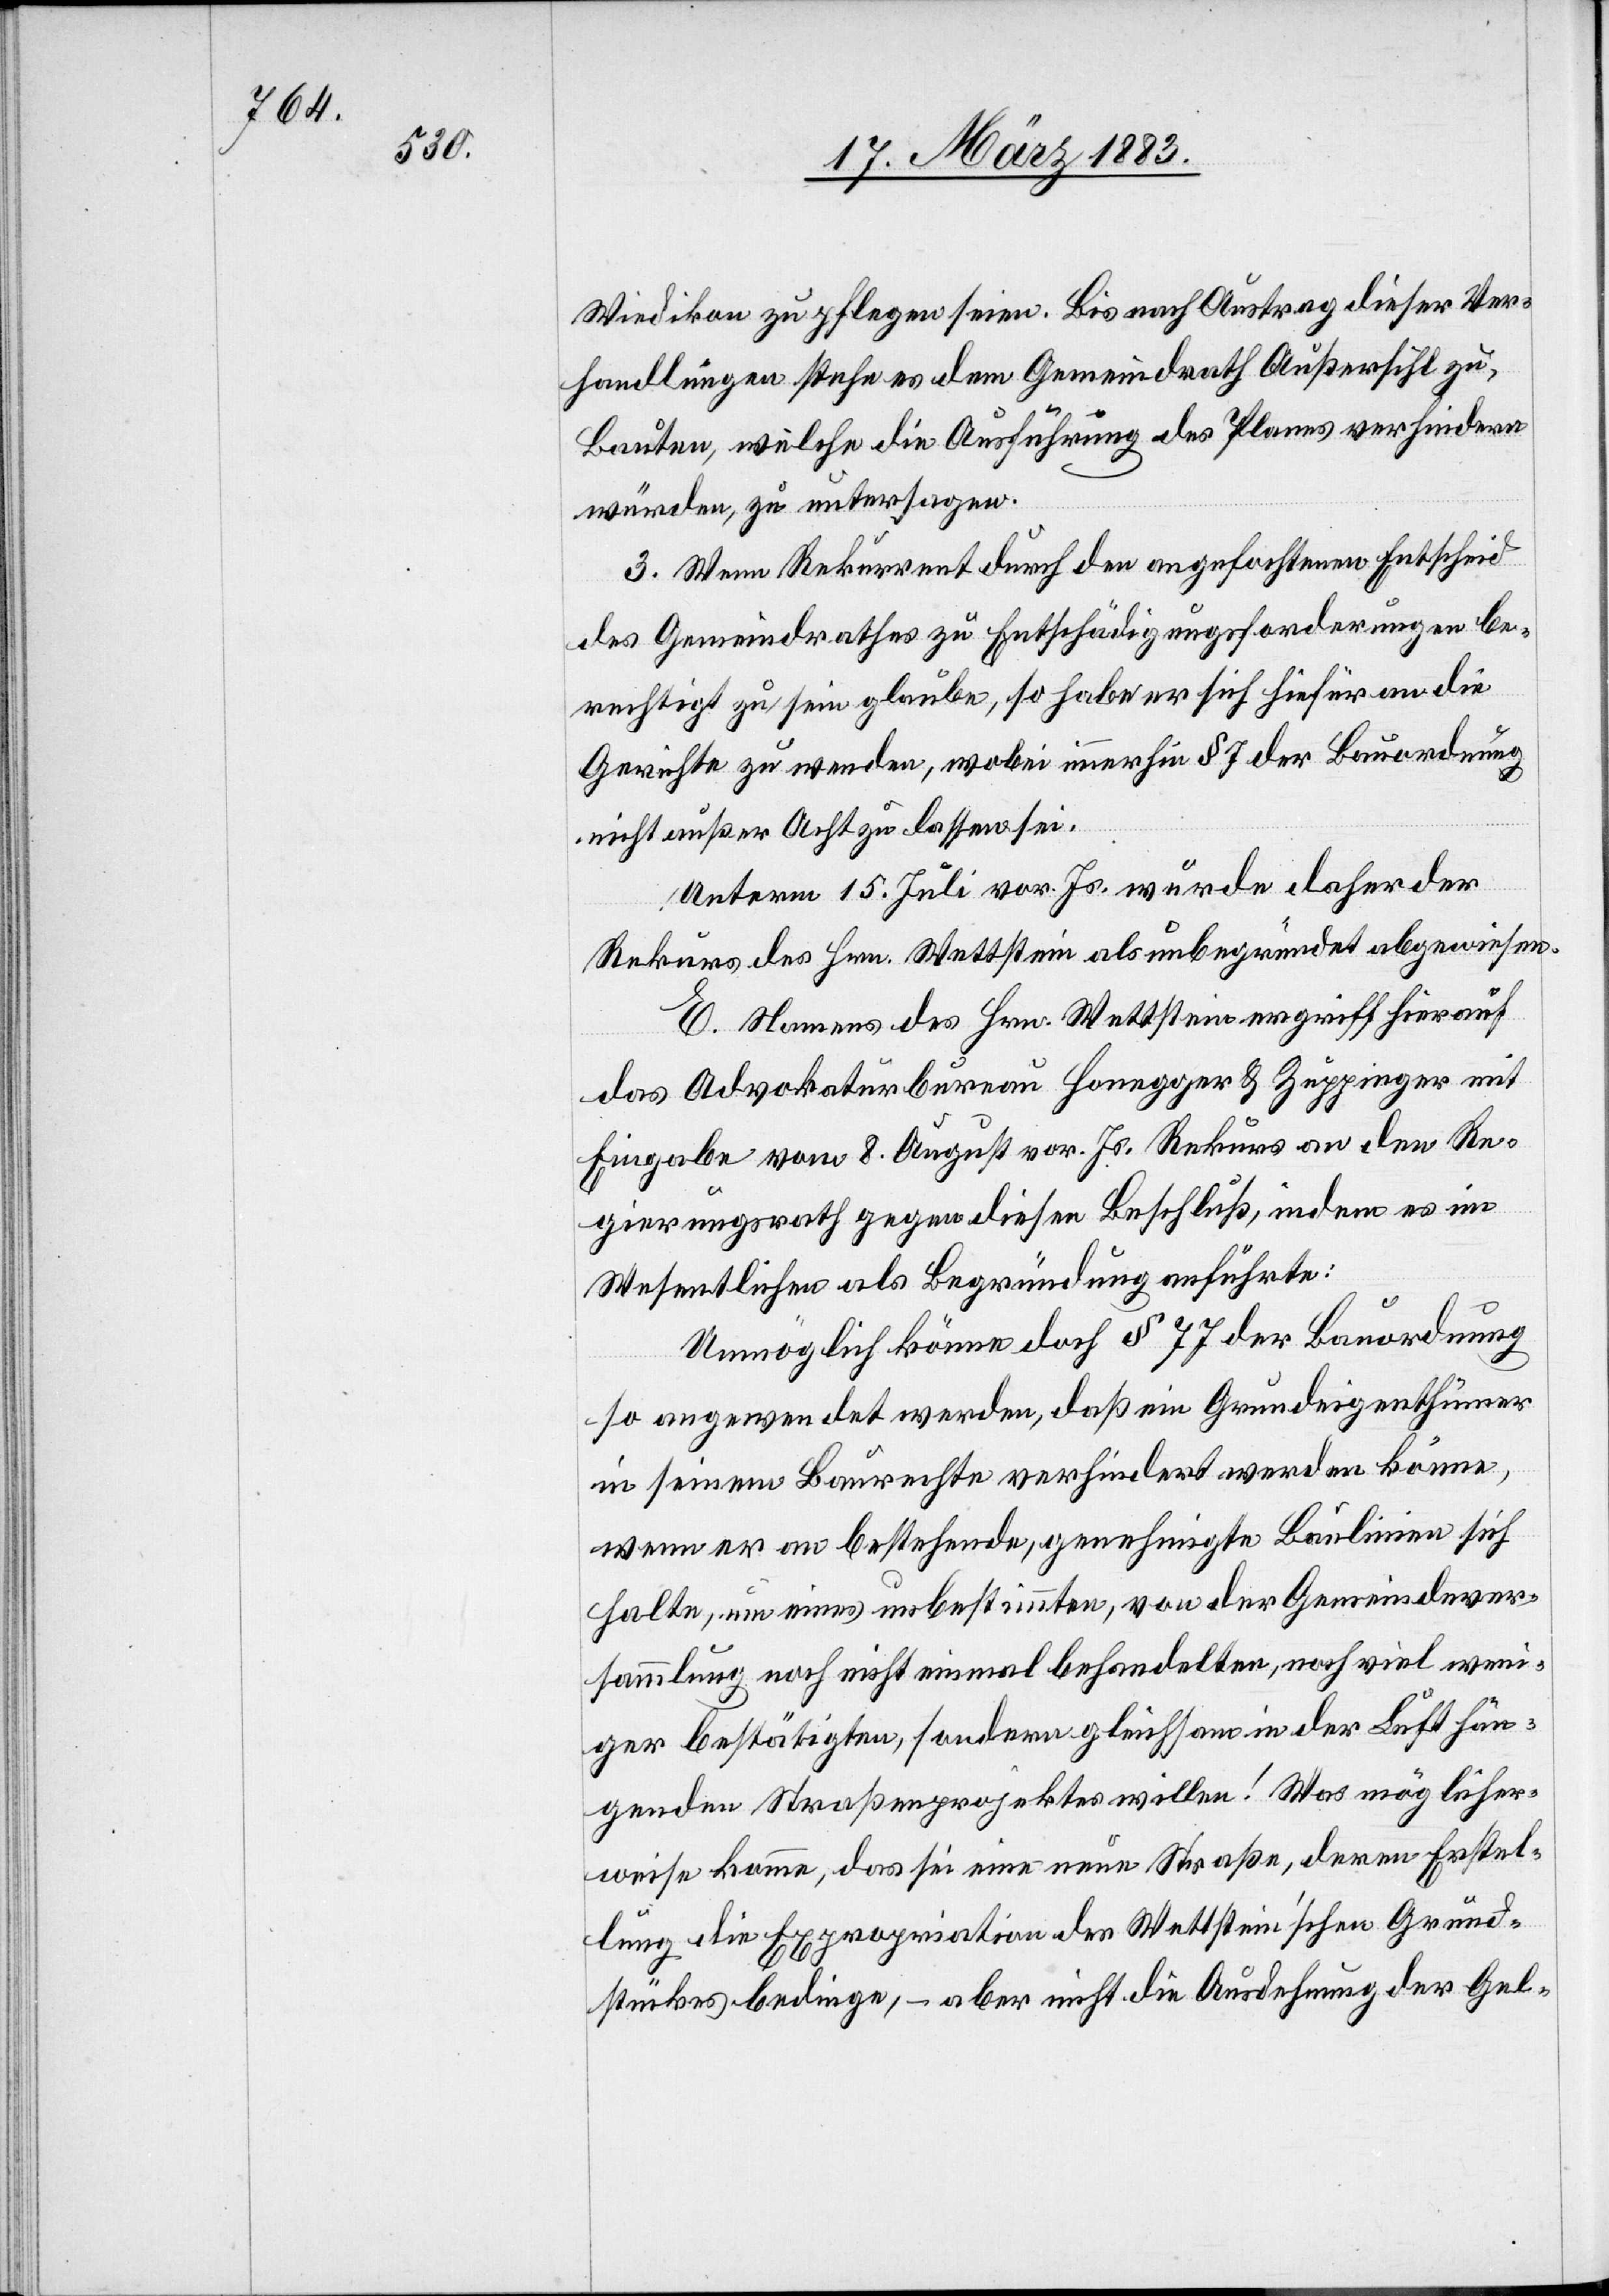
Wiedikon zu pflegen seien. Bis nach Austrag dieser Ver¬
handlungen stehe es dem Gemeindrath Außersihl zu,
Bauten, welche die Ausführung des Planes verhindern
würden, zu untersagen.
3. Wenn Rekurrent durch den angefochtenen Entscheid
des Gemeindrathes zu Entschädigungsforderungen be¬
rechtigt zu sein glaube, so habe er sich hiefür an die
Gerichte zu wenden, wobei immerhin § 7 der Bauordnung
nicht außer Acht zu lassen sei.
Unterm 15. Juli vor. Js. wurde daher der
Rekurs des Hrn. Wettstein als unbegründet abgewiesen.
E. Namens des Hrn. Wettstein ergriff hierauf
das Advokaturbureau Honegger & Zuppinger mit
Eingabe vom 8. August vor. Js. Rekurs an den Re¬
gierungsrath gegen diesen Beschluß, indem es im
Wesentlichen als Begründung anführte:
Unmöglich könne doch § 77 der Bauordnung
so angewendet werden, daß ein Grundeigenthümer
in seinem Baurechte verhindert werden könne,
wenn er an bestehende, genehmigte Baulinien sich
halte, um eines unbestimmten, von der Gemeindever¬
sammlung noch nicht einmal behandelten, noch viel weni¬
ger bestätigten, sondern gleichsam in der Luft hän¬
genden Straßenprojektes willen! Was möglicher¬
weise komme, das sei eine neue Straße, deren Erstel¬
lung die Expropriation des Wettsteinʼschen Grund¬
stückes bedinge, – aber nicht die Ausdehnung der Gel-